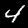
Digit: 4